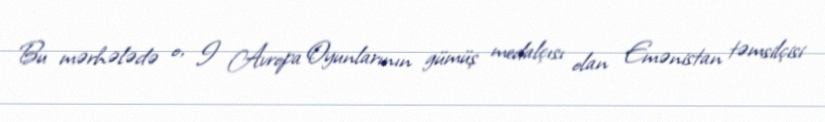
Bu mərhələdə o, I Avropa Oyunlarının gümüş medalçısı olan Emənistan təmsilçisi